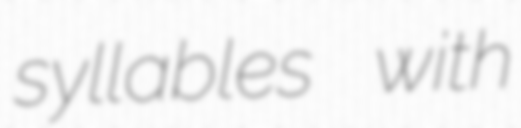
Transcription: syllables with